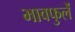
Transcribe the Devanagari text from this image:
भावफुलें